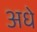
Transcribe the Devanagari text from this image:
अधे